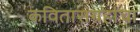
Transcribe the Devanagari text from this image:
कवितासंग्रहांचा